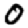
Digit: 0